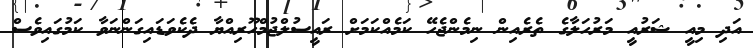
އަދި މިއީ ޝަރުއީ މަރުހަލާގެ ތެރެއިން ނިމެންޖެހޭ ކަމެއްކަމަށް ރައީސުލްޖުމްހޫރިއްޔާ ދެކެވަޑައިގަންނަވާ ކަމުގައިވެސް